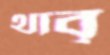
থাবৃ